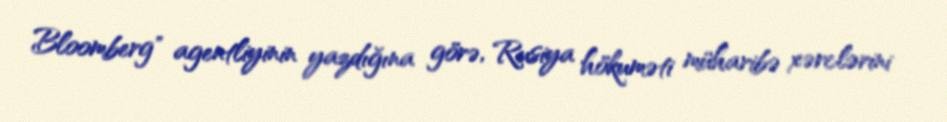
Bloomberg" agentliyinin yazdığına görə, Rusiya hökuməti müharibə xərclərini